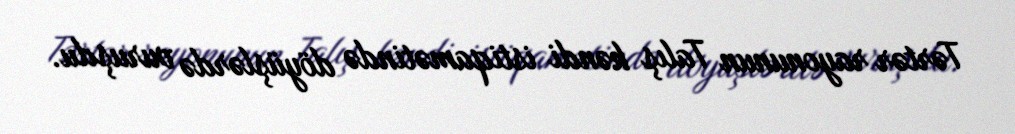
Tərtər rayonunun Talış kəndi istiqamətində döyüşlərdə vuruşdu.